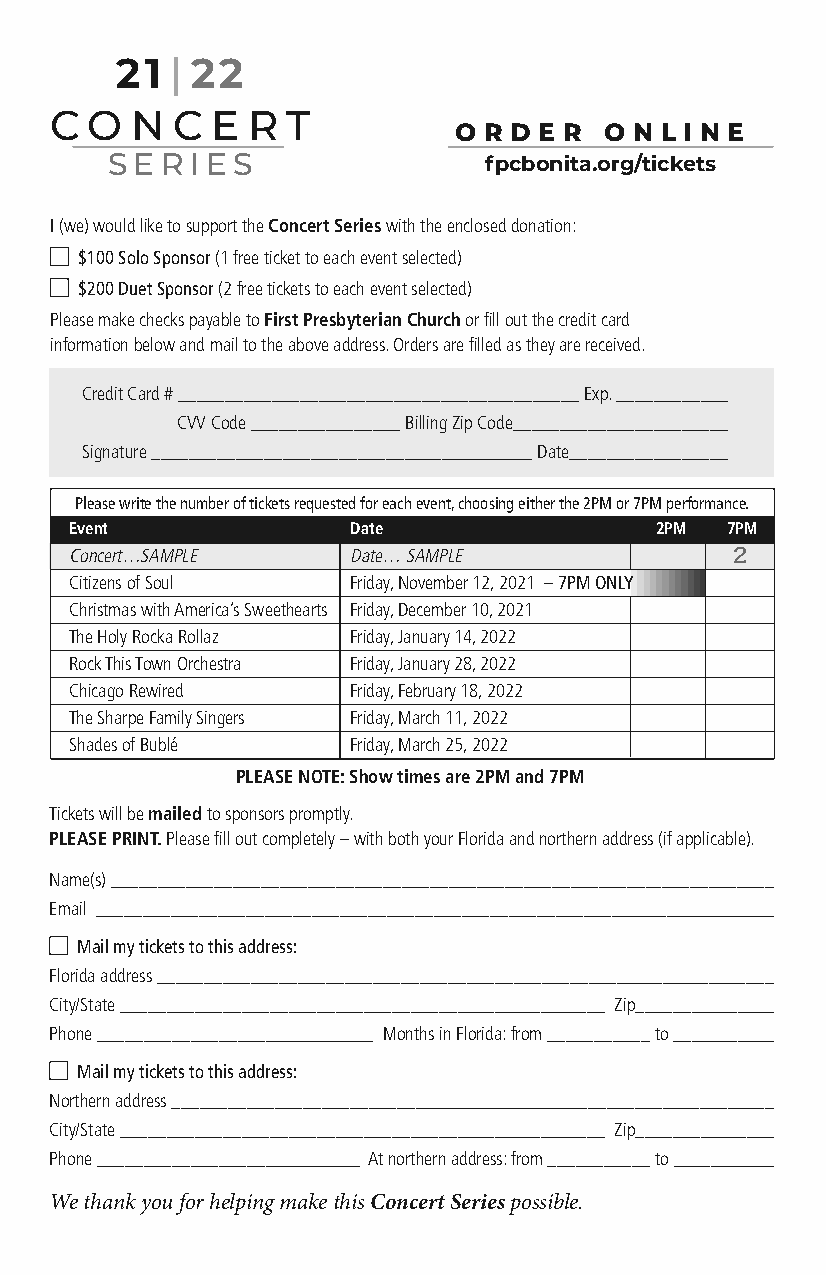
21 | 22
 C  O  N C  E R  T
 O R D E R O N L I N E
 SERIES                   fpcbonita.org/tickets
 I (we) would like to support the Concert Serieswith the enclosed donation:
 $100 Solo Sponsor(1 free ticket to each event selected)
 $200 Duet Sponsor(2 free tickets to each event selected)
 Please make checks payable to First Presbyterian Churchor fill out the credit card
 information below and mail to the above address. Orders are filled as they are received.
 Credit Card # ___________________________________________ Exp. ____________
 CVV Code ________________ Billing Zip Code_______________________
 Signature _________________________________________Date_________________
 Please write the number of tickets requested for each event, choosing either the 2PM or 7PM performance.
 Event             Date                2PM  7PM
 2
 Concert…SAMPLE     Date… SAMPLE
 Citizens of Soul  Friday, November 12, 2021 –7PM ONLY
 Christmas with America’s Sweethearts Friday, December 10, 2021
 The Holy Rocka Rollaz Friday, January 14, 2022
 Rock This Town Orchestra Friday, January 28, 2022
 Chicago Rewired   Friday, February 18, 2022
 The Sharpe Family Singers Friday, March 11, 2022
 Shades of Bublé   Friday, March 25, 2022
 PLEASE NOTE: Show times are 2PM and 7PM
 Tickets will be mailed to sponsors promptly.
 PLEASE PRINT.Please fill out completely –with both your Florida and northern address (if applicable).
 Name(s) _______________________________________________________________________
 Email _________________________________________________________________________
 Mail my tickets to this address:
 Florida address __________________________________________________________________
 City/State ____________________________________________________ Zip_______________
 Phone ______________________________ Months in Florida: from ___________ to ___________
 Mail my tickets to this address:
 Northern address _________________________________________________________________
 City/State ____________________________________________________ Zip_______________
 Phone _____________________________ At northern address: from ___________ to ___________
 We thank you for helping make this Concert Seriespossible.